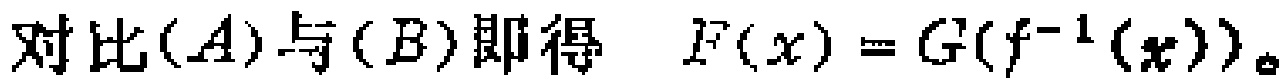
对比$(A)$与$(B)$即得 $\mathcal{F}(x) = G(f^{-1}(x))$。